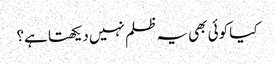
کیا کوئی بھی یہ ظلم نہیں دیکھتا ہے؟